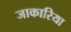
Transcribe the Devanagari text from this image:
जाकारिया